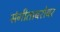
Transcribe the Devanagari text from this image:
संगीताबरोबर